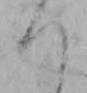
つ